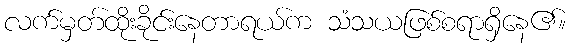
လက်မှတ်ထိုးခိုင်းနေတာရယ်က သံသယဖြစ်စရာရှိနေ၏။